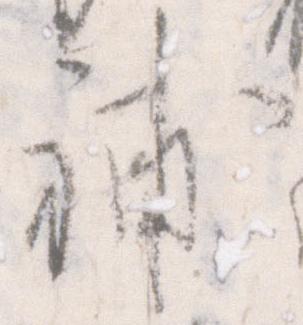
補